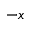
- x